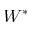
W ^ { * }